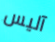
آليس